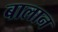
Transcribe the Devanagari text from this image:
बालान